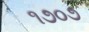
૧૭૦૭